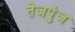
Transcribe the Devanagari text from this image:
तेजपुंज